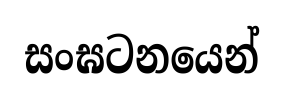
සංඝටනයෙන්